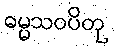
ဓမ္မသဝပိတု